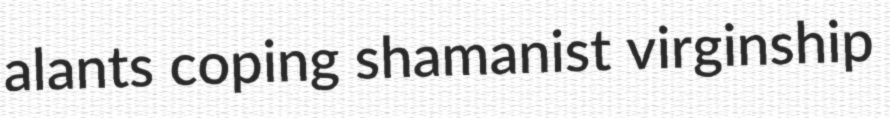
alants coping shamanist virginship